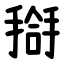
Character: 搿